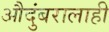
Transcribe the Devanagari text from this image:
औदुंबरालाही